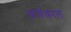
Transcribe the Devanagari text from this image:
कर्यकाल